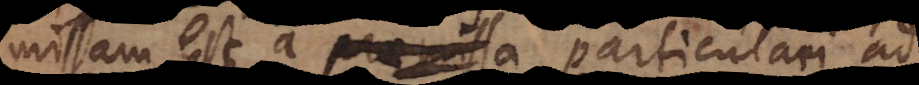
missam est a particulari ad